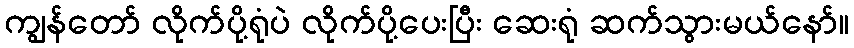
ကျွန်တော် လိုက်ပို့ရုံပဲ လိုက်ပို့ပေးပြီး ဆေးရုံ ဆက်သွားမယ်နော်။